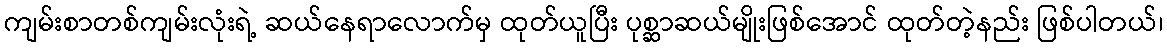
ကျမ်းစာတစ်ကျမ်းလုံးရဲ့ ဆယ်နေရာလောက်မှ ထုတ်ယူပြီး ပုစ္ဆာဆယ်မျိုးဖြစ်အောင် ထုတ်တဲ့နည်း ဖြစ်ပါတယ်၊